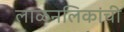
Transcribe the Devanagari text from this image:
लाळनलिकांची